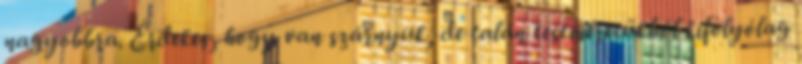
nagyobbra. Érdekes, hogy van szárnyuk, de talán testméretükből kifolyólag